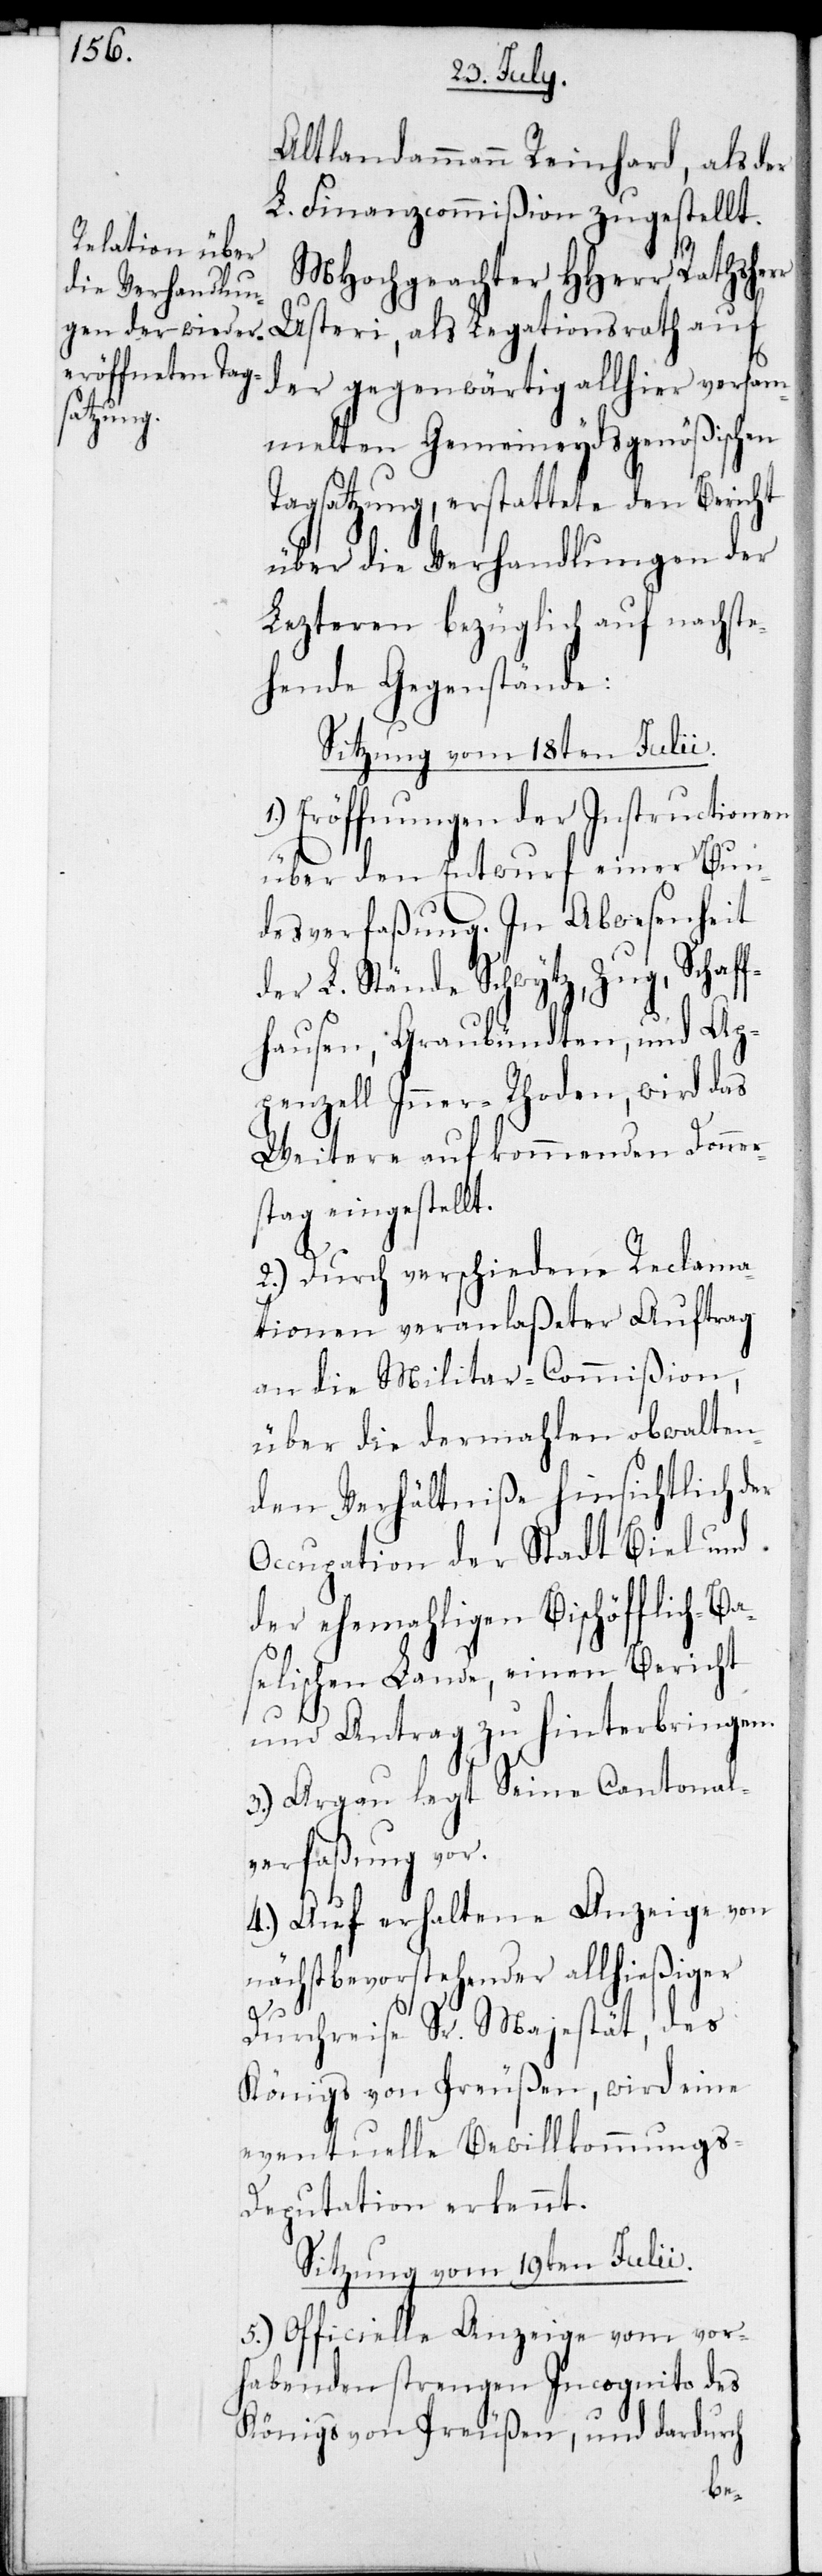
Altlandammann Reinhard, als der
L. Finanzcommißion zugestellt.
MHochgeachter HHerr Rathsher¬
Usteri, als Legationsrath auf
der gegenwärtig allhier versam¬
melten Gemeineydsgenößischen
Tagsatzung, erstattete den Bericht
über die Verhandlungen der
Lezteren bezüglich auf nachste¬
hende Gegenstände:
Sitzung vom 18ten Julii.
Eröffnungen der Instructionen
über den Entwurf einer Bun¬
desverfaßung. In Abwesenheit
der L. Stände Schwytz, Zug, Schaf¬
fhausen, Graubündten, und Ap¬
penzell Inner-Rhoden, wird das
Weitere aufkommenden Donners¬
tag eingestellt.
2.) Durch verschiedene Reclama¬
tionen veranlaßeter Auftrag
an die Militar-Commißion,
über die dermahlen obwalten¬
den Verhältniße hinsichtlich der
Occupation der Stadt Biel und
der ehemaligen Bischöfflich-B¬
aselischen Lande, einen Bericht
und Antrag zu hinterbringen.
3.) Argau legt Seine Cantonal¬
verfaßung vor.
4.) Auf erhaltene Anzeige von
nächstbevorstehender allhießiger
r
Durchreise Sr. Majestät, des
Königs von Preußen, wird eine
eventuelle Bewillkommung¬
s-Deputation erkennt.
Sitzung vom 19ten Julii.
5.) Officielle Anzeige vom vor¬
habenden strengen Incognito des
Königs von Preußen, und dardurch